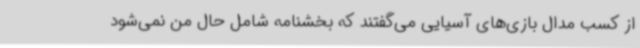
از کسب مدال بازی‌های آسیایی می‌گفتند که بخشنامه شامل حال من نمی‌شود